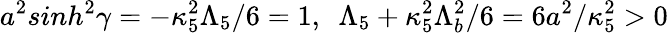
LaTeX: a^{2}sinh^{2}\gamma=-\kappa_{5}^{2}\Lambda_{5}/6=1,~~\Lambda_{5}+\kappa_{5}^{2}\Lambda_{b}^{2}/6=6a^{2}/\kappa_{5}^{2}>0